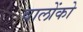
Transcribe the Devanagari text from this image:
वालोंको